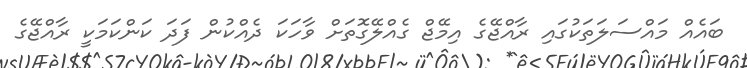
ބައެއް މައްސަލަތަކުގައި ރާއްޖޭގެ އިމޭޖް ގެއްލޭގޮތަށް ވާހަކަ ދެއްކުން ފަަދަ ކަންކަމަކީ ރާއްޖޭގެ